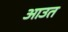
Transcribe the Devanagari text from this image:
आउत